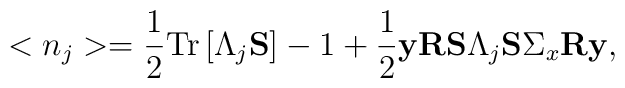
<n_j>=\frac 12{\rm T}{\rm r}\left[\Lambda_j{\bf S}\right]-1+\frac 12{\bf y}{\bf R}\mbox{${\bf S}\Lambda_j{\bf S}\Sigma_x{\bf R}{\bf y}$},